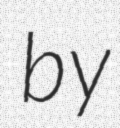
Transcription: by